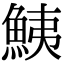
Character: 鮧